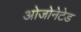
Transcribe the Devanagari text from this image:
ओजोनेटेड